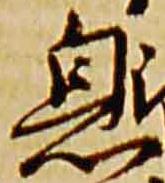
息